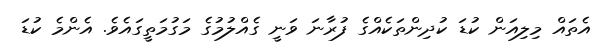
އެތަައް މިލިއަން ކުޑަ ކުދިންތަކެއްގެ ފުރާނަ ވަނީ ގެއްލުމުގެ މަގުމަތީގައެވެ. އެންމެ ކުޑަ